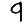
Digit: 9